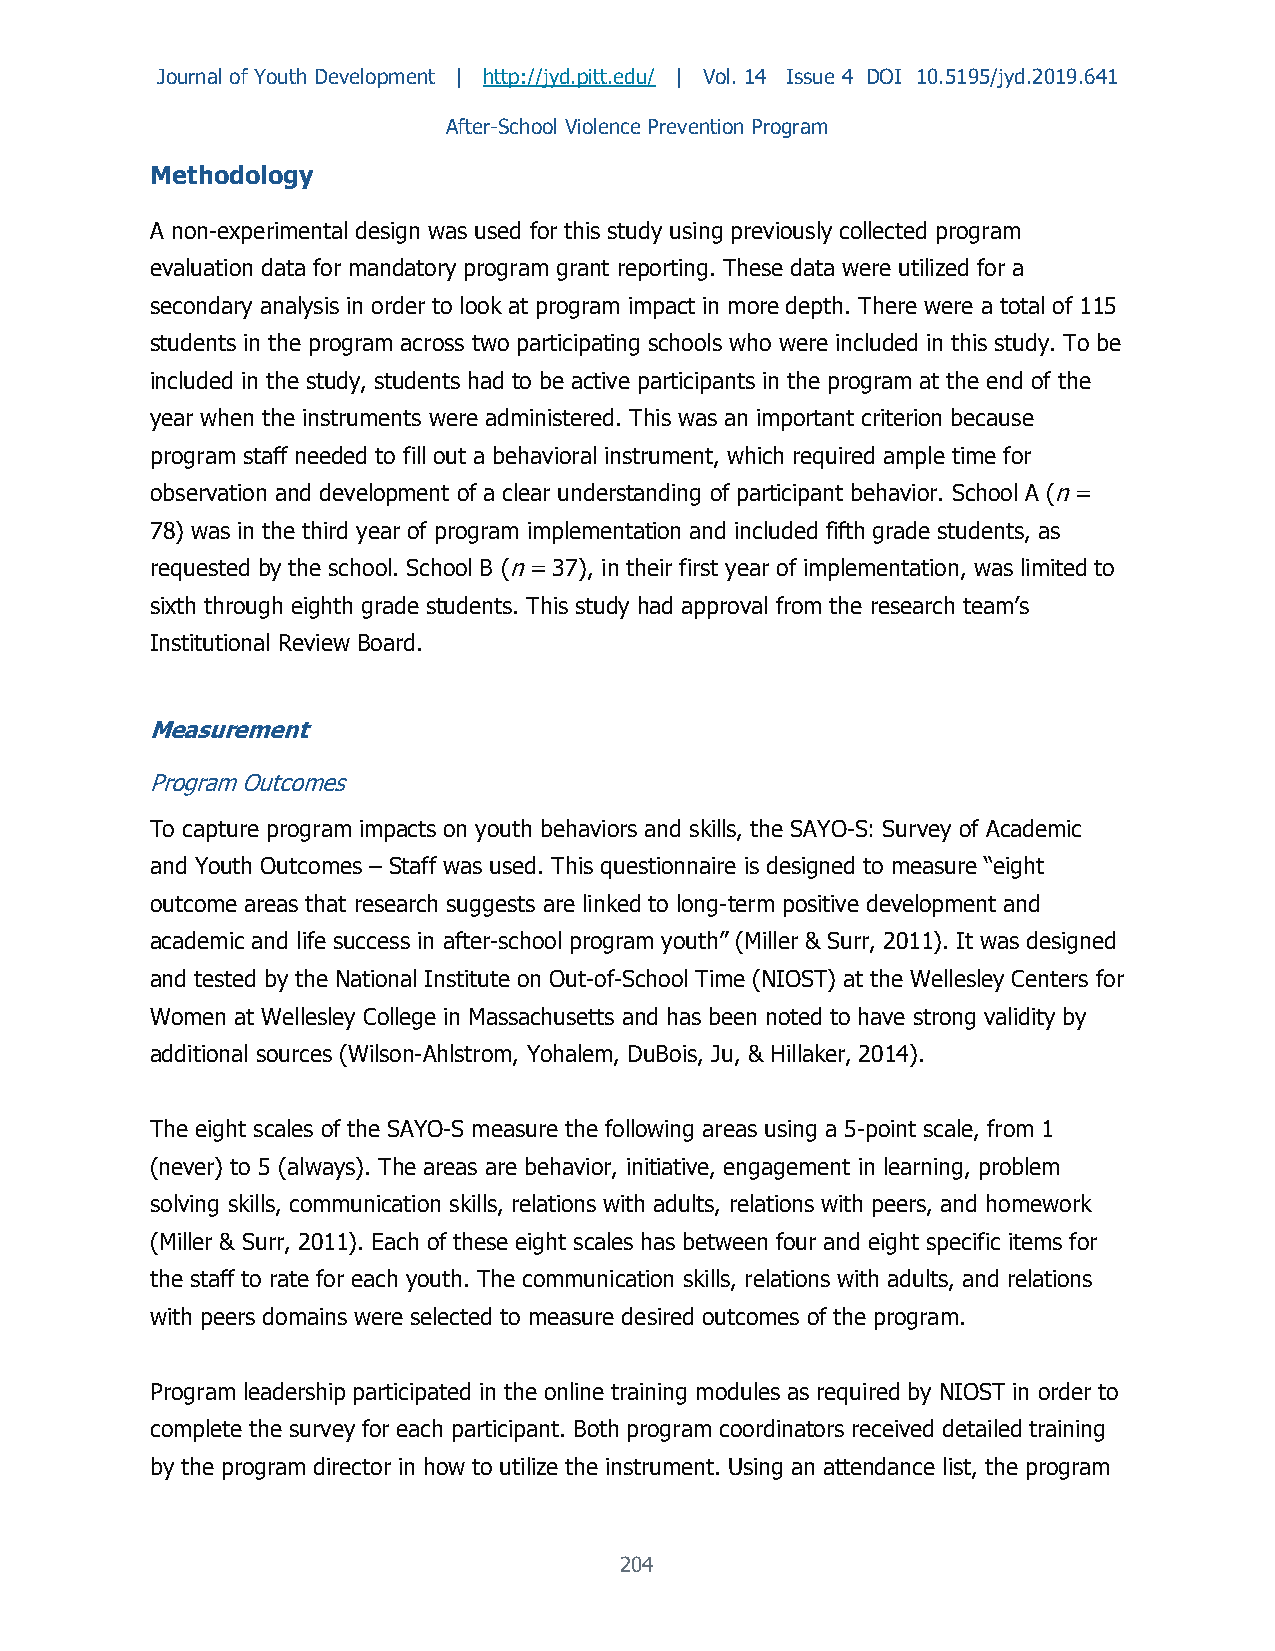
Journal of Youth Development | http://jyd.pitt.edu/ | Vol. 14 Issue 4 DOI 10.5195/jyd.2019.641
 After-School Violence Prevention Program
 Methodology
 A non-experimental design was used for this study using previously collected program
 evaluation data for mandatory program grant reporting. These data were utilized for a
 secondary analysis in order to look at program impact in more depth. There were a total of 115
 students in the program across two participating schools who were included in this study. To be
 included in the study, students had to be active participants in the program at the end of the
 year when the instruments were administered. This was an important criterion because
 program staff needed to fill out a behavioral instrument, which required ample time for
 observation and development of a clear understanding of participant behavior. School A (n =
 78) was in the third year of program implementation and included fifth grade students, as
 requested by the school. School B (n = 37), in their first year of implementation, was limited to
 sixth through eighth grade students. This study had approval from the research team’s
 Institutional Review Board.
 Measurement
 Program Outcomes
 To capture program impacts on youth behaviors and skills, the SAYO-S: Survey of Academic
 and Youth Outcomes – Staff was used. This questionnaire is designed to measure “eight
 outcome areas that research suggests are linked to long-term positive development and
 academic and life success in after-school program youth” (Miller & Surr, 2011). It was designed
 and tested by the National Institute on Out-of-School Time (NIOST) at the Wellesley Centers for
 Women at Wellesley College in Massachusetts and has been noted to have strong validity by
 additional sources (Wilson-Ahlstrom, Yohalem, DuBois, Ju, & Hillaker, 2014).
 The eight scales of the SAYO-S measure the following areas using a 5-point scale, from 1
 (never) to 5 (always). The areas are behavior, initiative, engagement in learning, problem
 solving skills, communication skills, relations with adults, relations with peers, and homework
 (Miller & Surr, 2011). Each of these eight scales has between four and eight specific items for
 the staff to rate for each youth. The communication skills, relations with adults, and relations
 with peers domains were selected to measure desired outcomes of the program.
 Program leadership participated in the online training modules as required by NIOST in order to
 complete the survey for each participant. Both program coordinators received detailed training
 by the program director in how to utilize the instrument. Using an attendance list, the program
 204